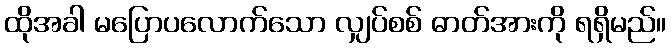
ထိုအခါ မပြောပလောက်သော လျှပ်စစ် ဓာတ်အားကို ရရှိမည်။